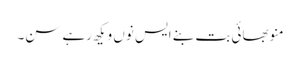
منو بھائی بت بنے ایس نوں ویکھ رہے سن۔